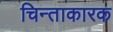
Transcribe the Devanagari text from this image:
चिन्ताकारक